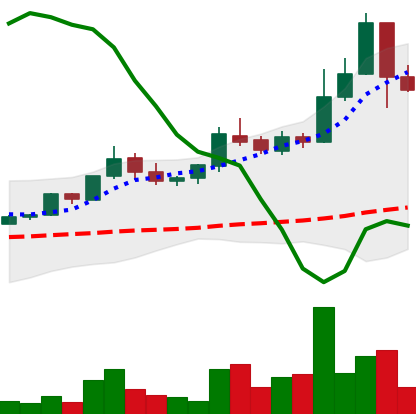
Ticker: BTC-USD
Chart end date: 2015-07-14
Forward return: -4.818%
Label: down_3_5